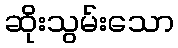
ဆိုးသွမ်းသော